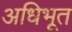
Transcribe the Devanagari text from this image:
अधिभूत